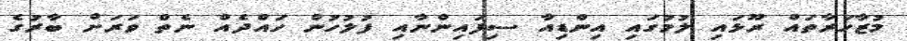
މުޒާހަރާތައް ރޫޅައި ލުމުގައި އިންޑިއާ ސިފައިންނާއި ފުލުހުން ހައްދެއް ނެތް ވަރަށް ބާރުގެ